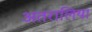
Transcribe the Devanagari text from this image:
अतरालिया